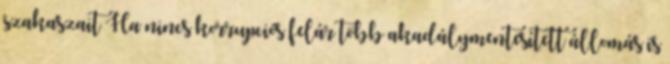
szakaszait Ha nincs korrupciós felár több akadálymentesített állomás is